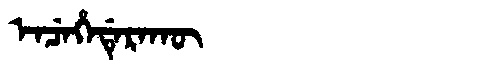
Manchu: ᡝᠨᠴᡝᡥᡝᡩᡝᡵᠠᡴᡡ
Romanization: ENCEHEDERAKŪ